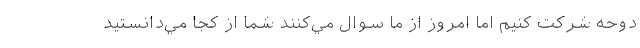
دوحه شركت كنيم اما امروز از ما سوال مي‌كنند شما از كجا مي‌دانستيد